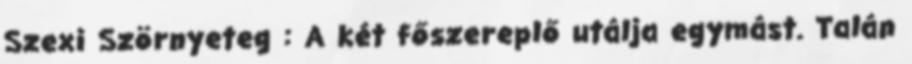
Szexi Szörnyeteg : A két főszereplő utálja egymást. Talán